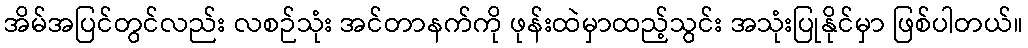
အိမ်အပြင်တွင်လည်း လစဉ်သုံး အင်တာနက်ကို ဖုန်းထဲမှာထည့်သွင်း အသုံးပြုနိုင်မှာ ဖြစ်ပါတယ်။